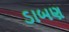
ડાબણ